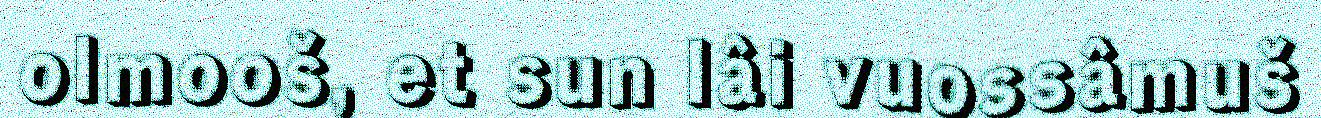
olmooš, et sun lâi vuossâmuš